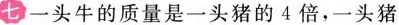
七 一头牛的质量是一头猪的4倍，一头猪